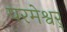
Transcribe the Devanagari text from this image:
परमेश्वर्